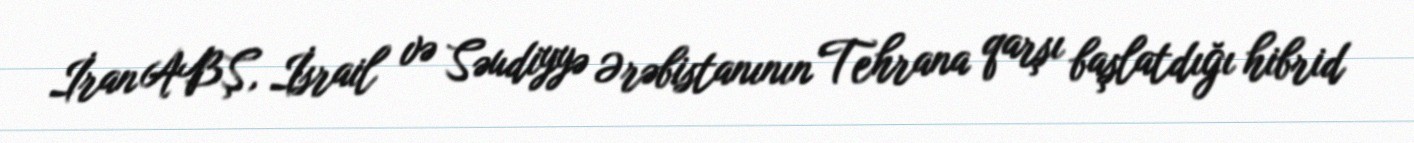
İran ABŞ, İsrail və Səudiyyə Ərəbistanının Tehrana qarşı başlatdığı hibrid